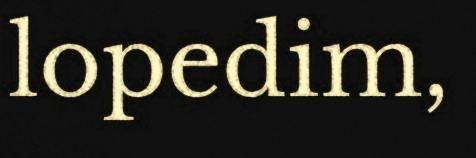
lopedim,